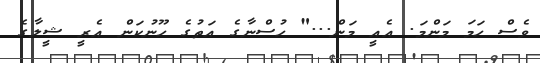
ވެސް ހަމަ މަންމަ. އެއީ މަން..." ހުސްނާގެ އަތުގެ ހޫނުކަން އެރީ ޝީލާގެ